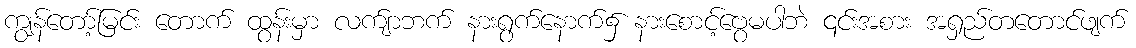
ကျွန်တော့်မြင်း တောက် ထွန်းမှာ လက်ျာဘက် နားရွက်နောက်၌ နားစောင့်ဗွေမပါဘဲ ၎င်းအစား အရှည်တတောင်ဖျက်